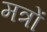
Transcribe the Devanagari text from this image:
मत्रों